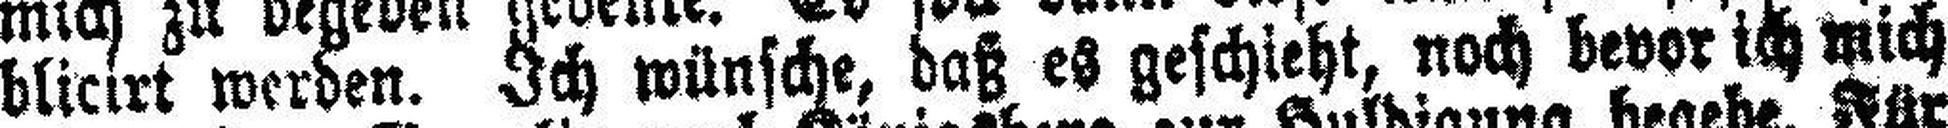
blicirt werden. Ich wünsche, daß es geschieht, noch bevor ich mich